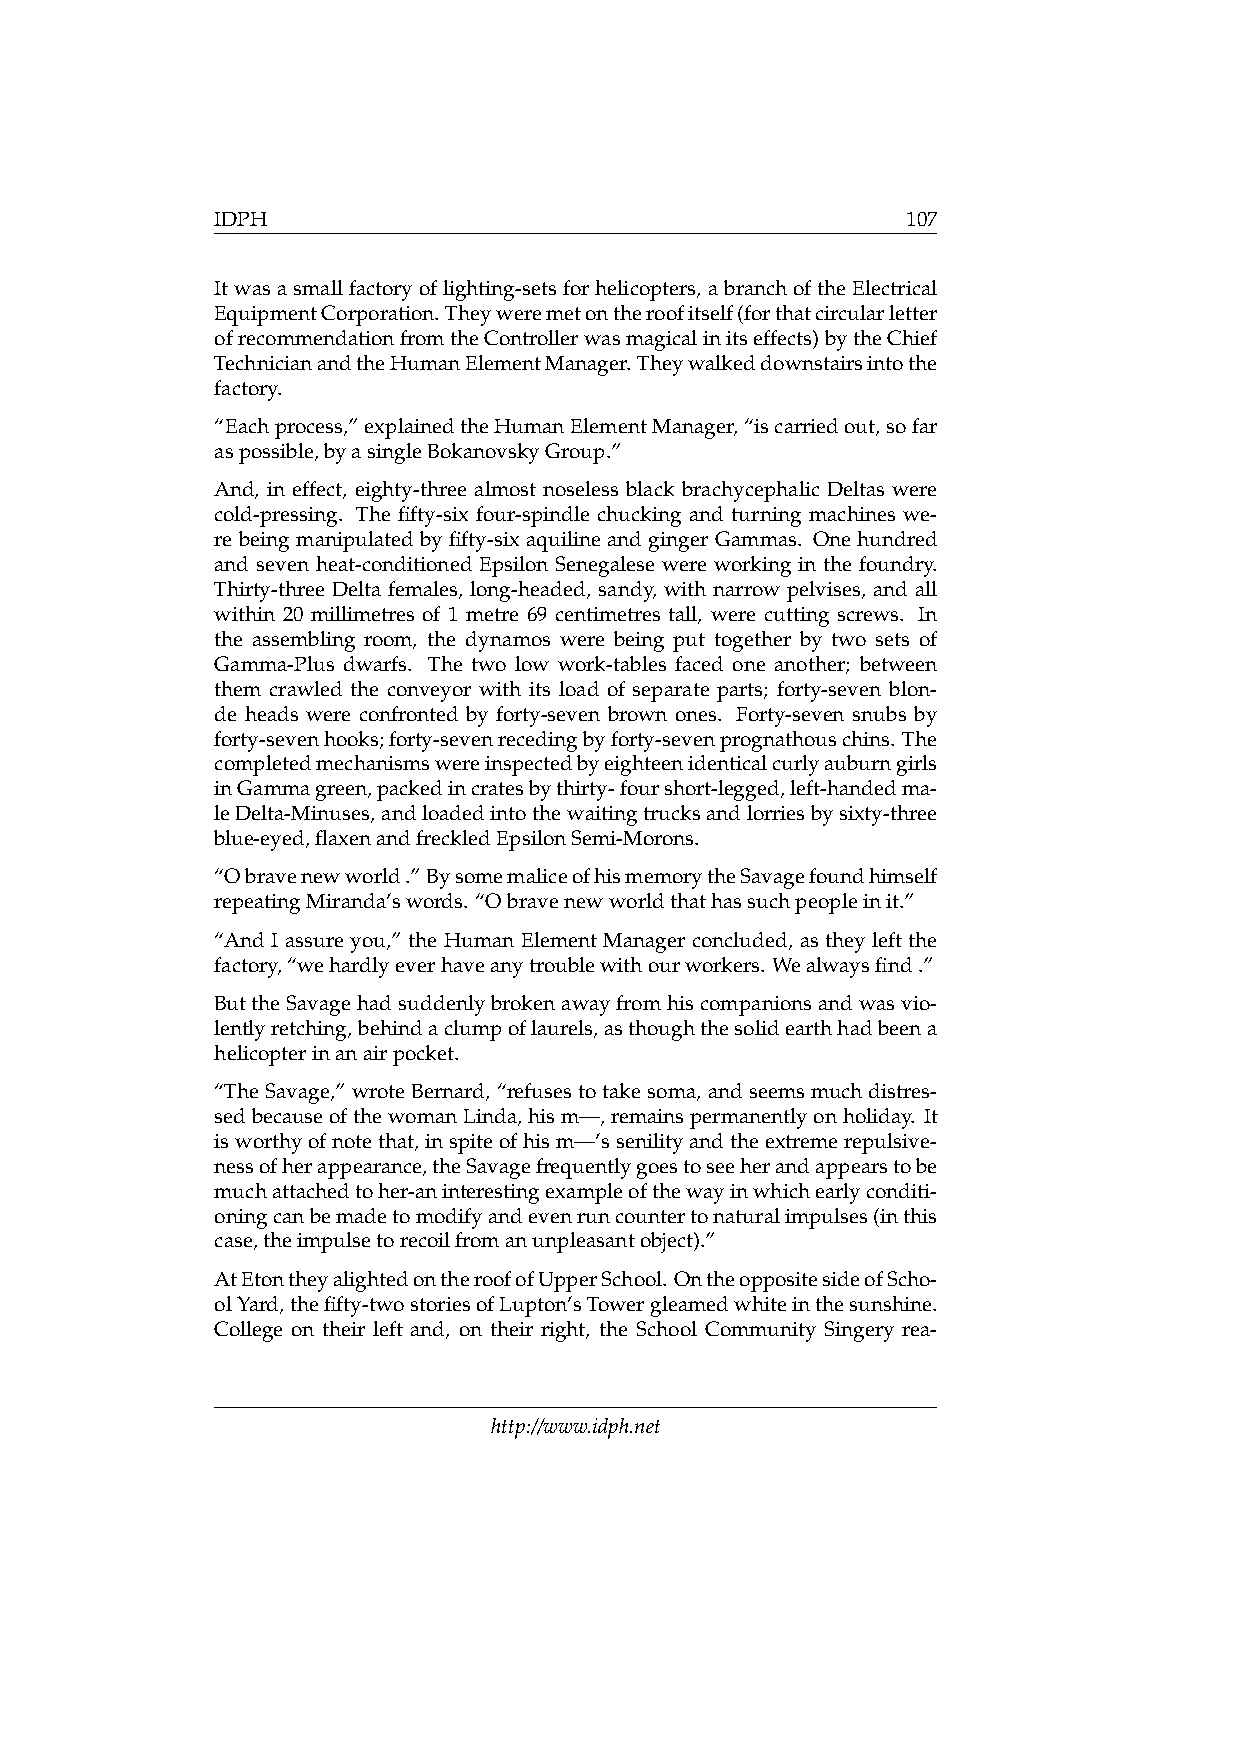
IDPH                                          107
 Itwasasmallfactoryoflighting-setsforhelicopters,abranchoftheElectrical
 EquipmentCorporation.Theyweremetontheroofitself(forthatcircularletter
 ofrecommendationfromtheControllerwasmagicalinitseffects)bytheChief
 TechnicianandtheHumanElementManager.Theywalkeddownstairsintothe
 factory.
 “Eachprocess,”explainedtheHumanElementManager,“iscarriedout,sofar
 aspossible,byasingleBokanovskyGroup.”
 And, in effect, eighty-three almost noseless black brachycephalic Deltas were
 cold-pressing. The fifty-six four-spindle chucking and turning machines we-
 re being manipulated by fifty-six aquiline and ginger Gammas. One hundred
 and seven heat-conditioned Epsilon Senegalese were working in the foundry.
 Thirty-three Delta females, long-headed, sandy, with narrow pelvises, and all
 within 20 millimetres of 1 metre 69 centimetres tall, were cutting screws. In
 the assembling room, the dynamos were being put together by two sets of
 Gamma-Plus dwarfs. The two low work-tables faced one another; between
 them crawled the conveyor with its load of separate parts; forty-seven blon-
 de heads were confronted by forty-seven brown ones. Forty-seven snubs by
 forty-sevenhooks;forty-sevenrecedingbyforty-sevenprognathouschins. The
 completedmechanismswereinspectedbyeighteenidenticalcurlyauburngirls
 inGammagreen,packedincratesbythirty-fourshort-legged,left-handedma-
 leDelta-Minuses,andloadedintothewaitingtrucksandlorriesbysixty-three
 blue-eyed,flaxenandfreckledEpsilonSemi-Morons.
 “Obravenewworld.”BysomemaliceofhismemorytheSavagefoundhimself
 repeatingMiranda’swords. “Obravenewworldthathassuchpeopleinit.”
 “And I assure you,” the Human Element Manager concluded, as they left the
 factory,“wehardlyeverhaveanytroublewithourworkers. Wealwaysfind.”
 ButtheSavagehadsuddenlybrokenawayfromhiscompanionsandwasvio-
 lentlyretching,behindaclumpoflaurels,asthoughthesolidearthhadbeena
 helicopterinanairpocket.
 “TheSavage,” wroteBernard, “refusestotakesoma, andseemsmuchdistres-
 sedbecauseofthewomanLinda,hism—,remainspermanentlyonholiday. It
 isworthyofnotethat,inspiteofhism—’ssenilityandtheextremerepulsive-
 nessofherappearance,theSavagefrequentlygoestoseeherandappearstobe
 muchattachedtoher-aninterestingexampleofthewayinwhichearlyconditi-
 oningcanbemadetomodifyandevenruncountertonaturalimpulses(inthis
 case,theimpulsetorecoilfromanunpleasantobject).”
 AtEtontheyalightedontheroofofUpperSchool.OntheoppositesideofScho-
 olYard,thefifty-twostoriesofLupton’sTowergleamedwhiteinthesunshine.
 College on their left and, on their right, the School Community Singery rea-
 http://www.idph.net